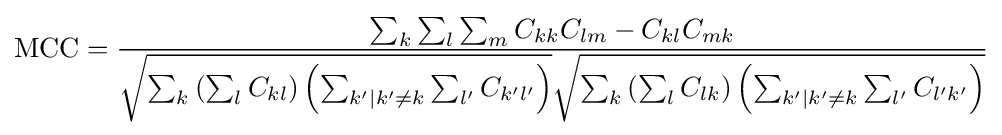
{\text{MCC}}={\frac {\sum _{k}\sum _{l}\sum _{m}C_{kk}C_{lm}-C_{kl}C_{mk}}{{\sqrt {\sum _{k}\left(\sum _{l}C_{kl}\right)\left(\sum _{k'|k'\neq k}\sum _{l'}C_{k'l'}\right)}}{\sqrt {\sum _{k}\left(\sum _{l}C_{lk}\right)\left(\sum _{k'|k'\neq k}\sum _{l'}C_{l'k'}\right)}}}}